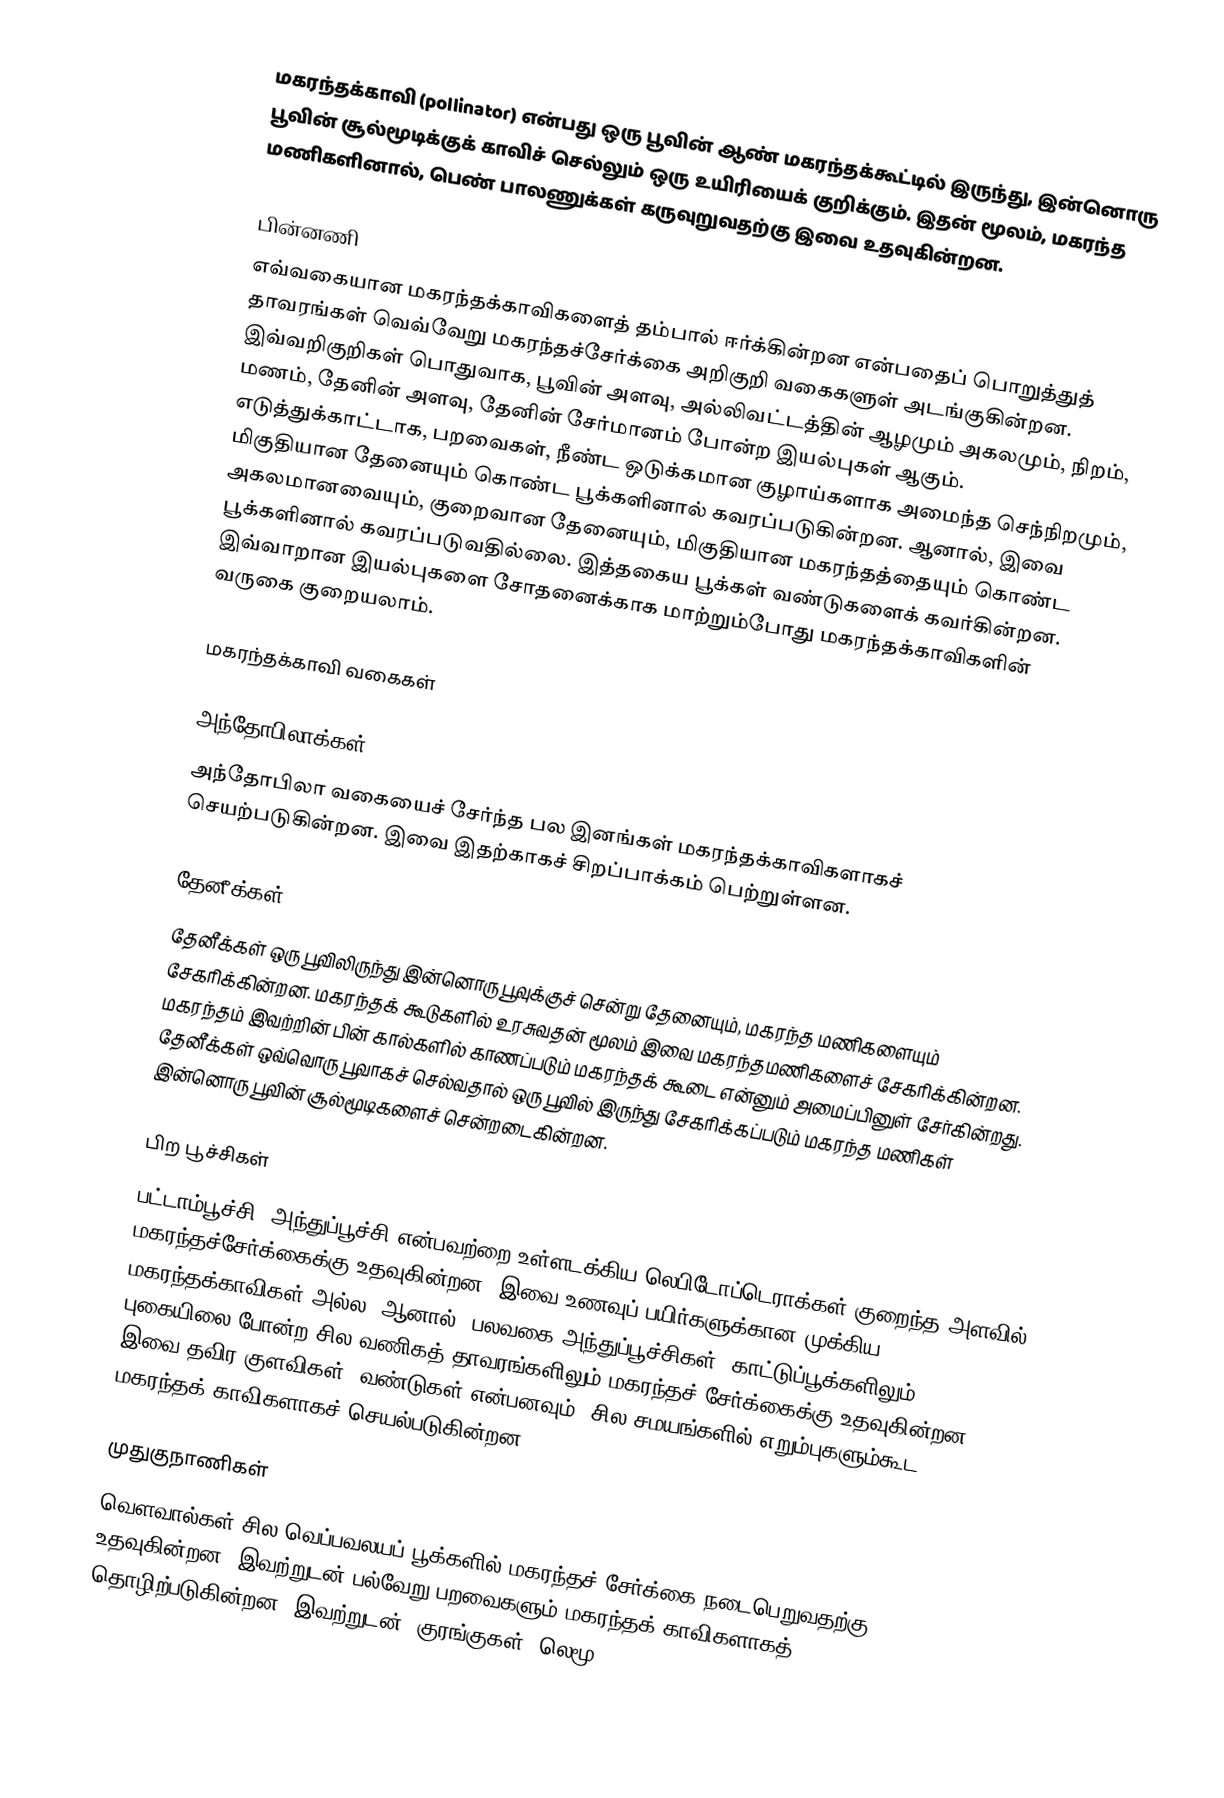
மகரந்தக்காவி (pollinator) என்பது ஒரு பூவின் ஆண் மகரந்தக்கூட்டில் இருந்து, இன்னொரு பூவின் சூல்மூடிக்குக் காவிச் செல்லும் ஒரு உயிரியைக் குறிக்கும். இதன் மூலம், மகரந்த மணிகளினால், பெண் பாலணுக்கள் கருவுறுவதற்கு இவை உதவுகின்றன.

பின்னணி
எவ்வகையான மகரந்தக்காவிகளைத் தம்பால் ஈர்க்கின்றன என்பதைப் பொறுத்துத் தாவரங்கள் வெவ்வேறு மகரந்தச்சேர்க்கை அறிகுறி வகைகளுள் அடங்குகின்றன. இவ்வறிகுறிகள் பொதுவாக, பூவின் அளவு, அல்லிவட்டத்தின் ஆழமும் அகலமும், நிறம், மணம், தேனின் அளவு, தேனின் சேர்மானம் போன்ற இயல்புகள் ஆகும். எடுத்துக்காட்டாக, பறவைகள், நீண்ட ஒடுக்கமான குழாய்களாக அமைந்த செந்நிறமும், மிகுதியான தேனையும் கொண்ட பூக்களினால் கவரப்படுகின்றன. ஆனால், இவை அகலமானவையும், குறைவான தேனையும், மிகுதியான மகரந்தத்தையும் கொண்ட பூக்களினால் கவரப்படுவதில்லை. இத்தகைய பூக்கள் வண்டுகளைக் கவர்கின்றன. இவ்வாறான இயல்புகளை சோதனைக்காக மாற்றும்போது மகரந்தக்காவிகளின் வருகை குறையலாம்.

மகரந்தக்காவி வகைகள்

அந்தோபிலாக்கள்
அந்தோபிலா வகையைச் சேர்ந்த பல இனங்கள் மகரந்தக்காவிகளாகச் செயற்படுகின்றன. இவை இதற்காகச் சிறப்பாக்கம் பெற்றுள்ளன.

தேனீக்கள்
தேனீக்கள் ஒரு பூவிலிருந்து இன்னொரு பூவுக்குச் சென்று தேனையும், மகரந்த மணிகளையும் சேகரிக்கின்றன. மகரந்தக் கூடுகளில் உரசுவதன் மூலம் இவை மகரந்தமணிகளைச் சேகரிக்கின்றன. மகரந்தம் இவற்றின் பின் கால்களில் காணப்படும் மகரந்தக் கூடை என்னும் அமைப்பினுள் சேர்கின்றது. தேனீக்கள் ஒவ்வொரு பூவாகச் செல்வதால் ஒரு பூவில் இருந்து சேகரிக்கப்படும் மகரந்த மணிகள் இன்னொரு பூவின் சூல்மூடிகளைச் சென்றடைகின்றன.

பிற பூச்சிகள்
பட்டாம்பூச்சி, அந்துப்பூச்சி என்பவற்றை உள்ளடக்கிய லெபிடோப்டெராக்கள் குறைந்த அளவில் மகரந்தச்சேர்க்கைக்கு உதவுகின்றன. இவை உணவுப் பயிர்களுக்கான முக்கிய மகரந்தக்காவிகள் அல்ல. ஆனால், பலவகை அந்துப்பூச்சிகள், காட்டுப்பூக்களிலும், புகையிலை போன்ற சில வணிகத் தாவரங்களிலும் மகரந்தச் சேர்க்கைக்கு உதவுகின்றன. இவை தவிர குளவிகள், வண்டுகள் என்பனவும், சில சமயங்களில் எறும்புகளும்கூட மகரந்தக் காவிகளாகச் செயல்படுகின்றன.

முதுகுநாணிகள்
வௌவால்கள் சில வெப்பவலயப் பூக்களில் மகரந்தச் சேர்க்கை நடைபெறுவதற்கு உதவுகின்றன. இவற்றுடன் பல்வேறு பறவைகளும் மகரந்தக் காவிகளாகத் தொழிற்படுகின்றன. இவற்றுடன், குரங்குகள், லெமூ